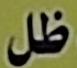
ظل